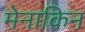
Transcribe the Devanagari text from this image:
मेनाकिन